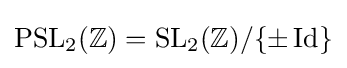
\mathrm {PSL} _{2}(\mathbb {Z} )=\mathrm {SL} _{2}(\mathbb {Z} )/\{\pm \operatorname {Id} \}